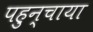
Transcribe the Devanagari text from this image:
पहुन्चाया